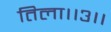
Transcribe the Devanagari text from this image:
तिला।।३।।